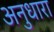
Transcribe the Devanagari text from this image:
अनुधारा